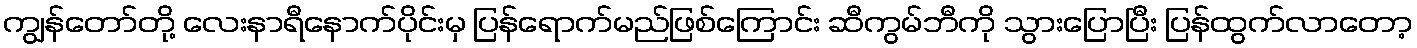
ကျွန်တော်တို့ လေးနာရီနောက်ပိုင်းမှ ပြန်ရောက်မည်ဖြစ်ကြောင်း ဆီကွမ်ဘီကို သွားပြောပြီး ပြန်ထွက်လာတော့